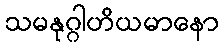
သမနုဂ္ဂါဟိယမာနော